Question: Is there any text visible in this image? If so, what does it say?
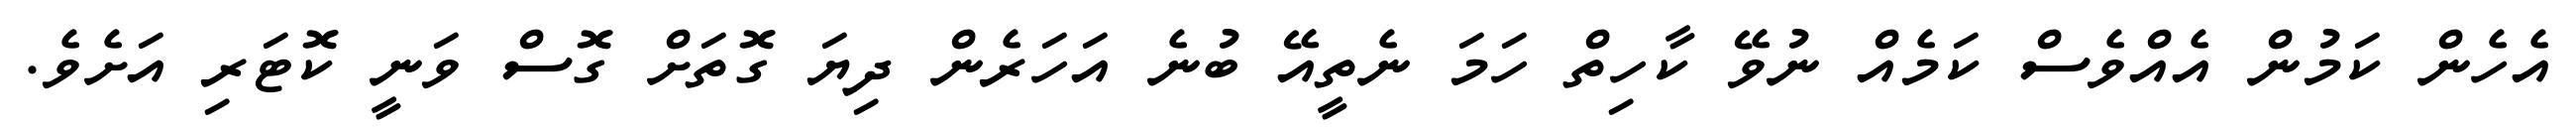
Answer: އެހެން ކަމުން އެއްވެސް ކަމެއް ނުވޭ ކާހިތް ހަމަ ނެތީއޭ ބުނެ އަހަރެން ދިޔަ ގޮތަށް ގޮސް ވަނީ ކޮޓަރި އަށެވެ.